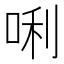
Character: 唎